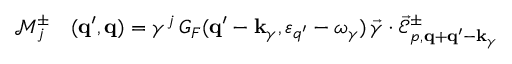
\begin{array} { r l } { \mathcal { M } _ { j } ^ { \pm } } & { { } ( { \bf q } ^ { \prime } , { \bf q } ) = \gamma ^ { j } \, G _ { F } ( { \bf q } ^ { \prime } - { \bf k } _ { \gamma } , \varepsilon _ { q ^ { \prime } } - \omega _ { \gamma } ) \, \vec { \gamma } \cdot \vec { \mathcal { E } } _ { p , { \bf q } + { \bf q } ^ { \prime } - { \bf k } _ { \gamma } } ^ { \pm } } \end{array}